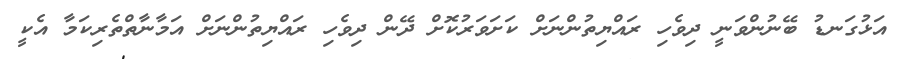
އަޅުގަނޑު ބޭނުންވަނީ ދިވެހި ރައްޔިތުންނަށް ކަށަވަރުކޮށް ދޭން ދިވެހި ރައްޔިތުންނަށް އަމާނާތްތެރިކަމާ އެކީ